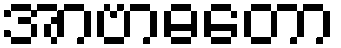
အာဗာဓတော